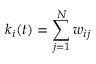
k _ { i } ( t ) = \sum _ { j = 1 } ^ { N } w _ { i j }